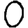
Digit: 0